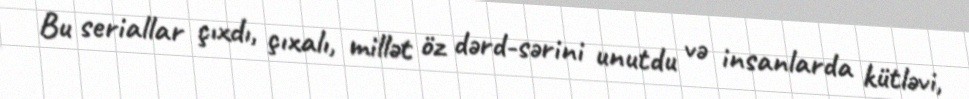
Bu seriallar çıxdı, çıxalı, millət öz dərd-sərini unutdu və insanlarda kütləvi,